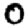
Digit: 0